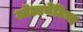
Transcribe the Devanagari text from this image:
ऑल्टर्नेटिव्ह